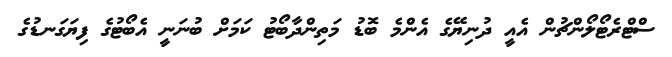
ސްޓްރެޓޯލޯންޗުން އެއީ ދުނިޔޭގެ އެންމެ ބޮޑު މަތިންދާބޯޓު ކަމަށް ބުނަނީ އެބޯޓުގެ ފިޔަގަނޑުގެ